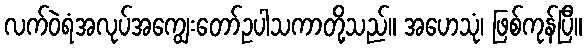
လက်ဝဲရံအလုပ်အကျွေးတော်ဥပါသကာတို့သည်။ အဟေသုံ၊ ဖြစ်ကုန်ပြီ။